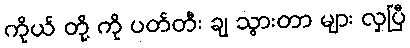
ကိုယ် တို့ ကို ပတ်တီး ချ သွားတာ များ လှပြီ